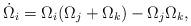
LaTeX: \begin{align*}\dot{\Omega}_i= \Omega_i(\Omega_j+\Omega_k)-\Omega_j\Omega_k,\end{align*}